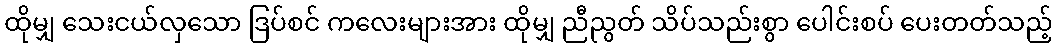
ထိုမျှ သေးငယ်လှသော ဒြပ်စင် ကလေးများအား ထိုမျှ ညီညွတ် သိပ်သည်းစွာ ပေါင်းစပ် ပေးတတ်သည့်